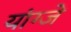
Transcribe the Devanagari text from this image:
यांग्जे